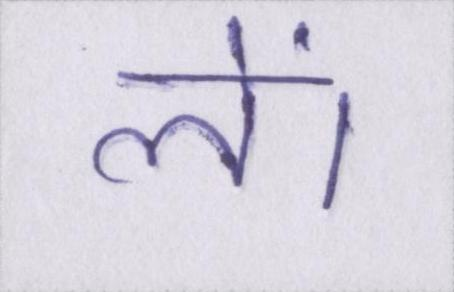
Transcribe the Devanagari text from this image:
लें।